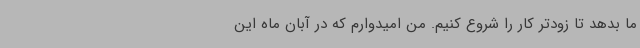
ما بدهد تا زودتر کار را شروع کنیم. من امیدوارم که در آبان ماه این